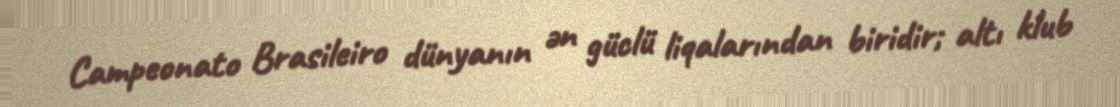
Campeonato Brasileiro dünyanın ən güclü liqalarından biridir; altı klub